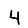
Digit: 4